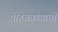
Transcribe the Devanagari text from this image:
पोहचवण्याची